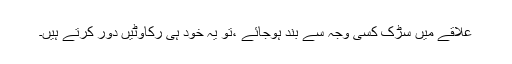
علاقے میں سڑک کسی وجہ سے بند ہوجائے ،تو یہ خود ہی رکاوٹیں دور کرتے ہیں۔